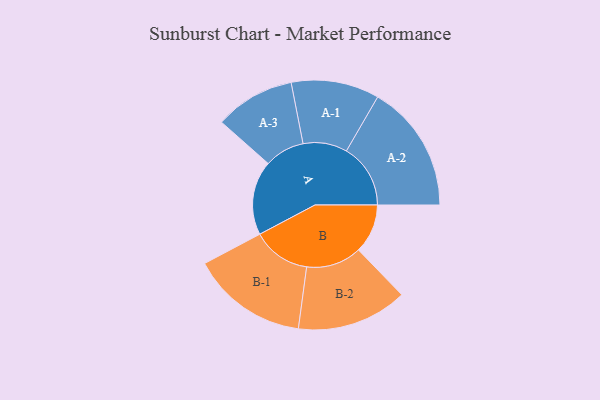
{"axis": {"x": "Segment", "y": "Value"}, "legend": ["", "A", "B"], "data": [{"x": "A", "y": 204, "type": ""}, {"x": "B", "y": 135, "type": ""}, {"x": "A-1", "y": 121, "type": "A"}, {"x": "A-2", "y": 176, "type": "A"}, {"x": "A-3", "y": 110, "type": "A"}, {"x": "B-1", "y": 160, "type": "B"}, {"x": "B-2", "y": 152, "type": "B"}]}